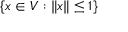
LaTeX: \{ x \in V : \| x \| \leq 1 \}